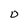
Character: O